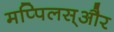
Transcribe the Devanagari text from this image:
मप्पिलस्और